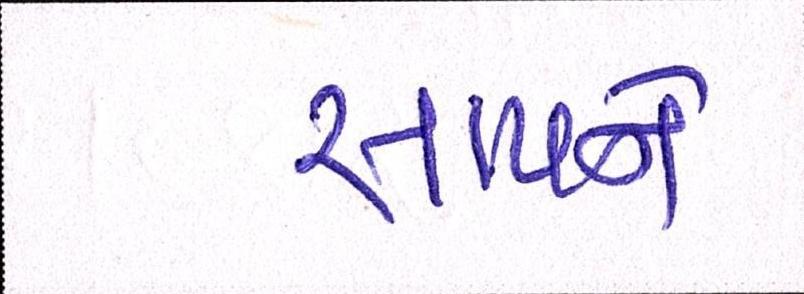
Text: સાપને